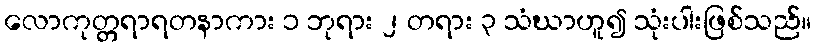
လောကုတ္တရာရတနာကား ၁ ဘုရား ၂ တရား ၃ သံဃာဟူ၍ သုံးပါးဖြစ်သည်။